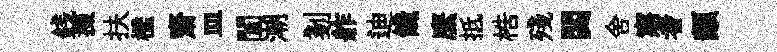
銭掇扶檻齋皿闔潮剗舴迪饞縻抵梏殘閟舍寤者顓